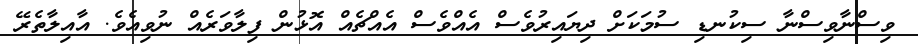
ވިސްނާވިސްނާ ސިކުނޑި ސުމަކަށް ދިޔައިރުވެސް އެއްވެސް އެއްޗެއް އޮޅުން ފިލާވަރެއް ނުވިއެވެ. އާއިލާތެރޭ